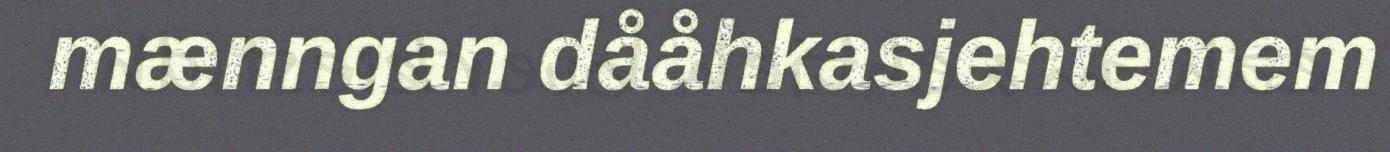
mænngan dååhkasjehtemem